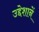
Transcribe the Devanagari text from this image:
उद्देशानें